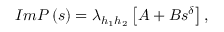
I m P \left( s \right) = \lambda _ { h _ { 1 } h _ { 2 } } \left[ A + B s ^ { \delta } \right] ,